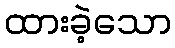
ထားခဲ့သော